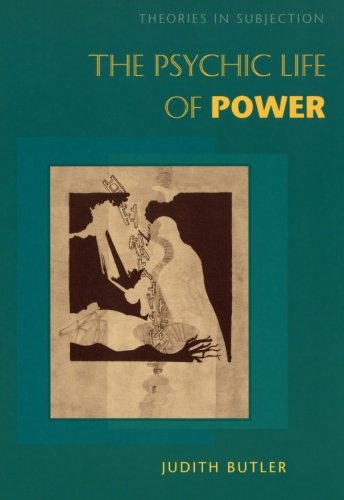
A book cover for The Psychic Life of Power: Theories in Subjection; Judith Butler; Politics & Social Sciences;